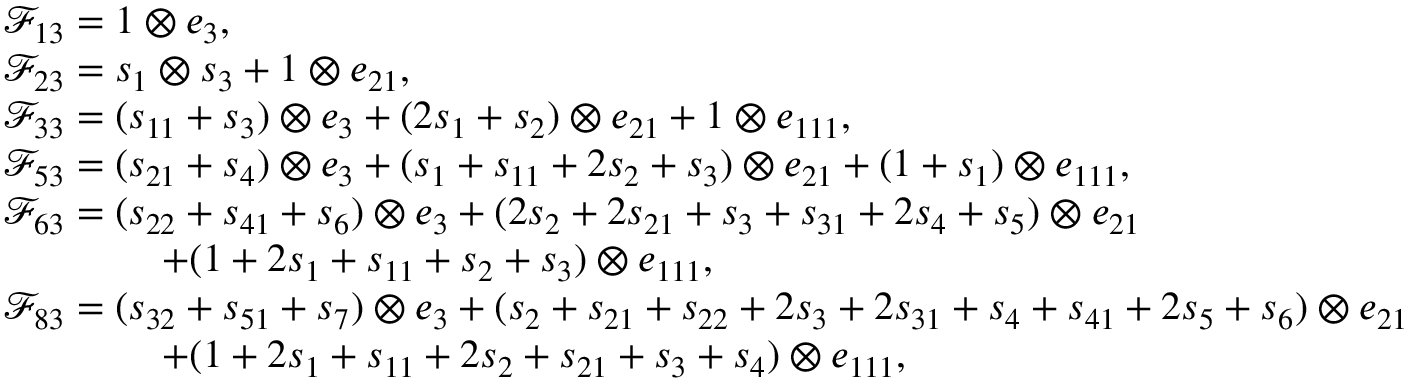
\begin{array} { r l } & { \mathcal { F } _ { 1 3 } = 1 \otimes e _ { 3 } , } \\ & { \mathcal { F } _ { 2 3 } = s _ { 1 } \otimes s _ { 3 } + 1 \otimes e _ { 2 1 } , } \\ & { \mathcal { F } _ { 3 3 } = ( s _ { 1 1 } + s _ { 3 } ) \otimes e _ { 3 } + ( 2 s _ { 1 } + s _ { 2 } ) \otimes e _ { 2 1 } + 1 \otimes e _ { 1 1 1 } , } \\ & { \mathcal { F } _ { 5 3 } = ( s _ { 2 1 } + s _ { 4 } ) \otimes e _ { 3 } + ( s _ { 1 } + s _ { 1 1 } + 2 s _ { 2 } + s _ { 3 } ) \otimes e _ { 2 1 } + ( 1 + s _ { 1 } ) \otimes e _ { 1 1 1 } , } \\ & { \mathcal { F } _ { 6 3 } = ( s _ { 2 2 } + s _ { 4 1 } + s _ { 6 } ) \otimes e _ { 3 } + ( 2 s _ { 2 } + 2 s _ { 2 1 } + s _ { 3 } + s _ { 3 1 } + 2 s _ { 4 } + s _ { 5 } ) \otimes e _ { 2 1 } } \\ & { \qquad \qquad + ( 1 + 2 s _ { 1 } + s _ { 1 1 } + s _ { 2 } + s _ { 3 } ) \otimes e _ { 1 1 1 } , } \\ & { \mathcal { F } _ { 8 3 } = ( s _ { 3 2 } + s _ { 5 1 } + s _ { 7 } ) \otimes e _ { 3 } + ( s _ { 2 } + s _ { 2 1 } + s _ { 2 2 } + 2 s _ { 3 } + 2 s _ { 3 1 } + s _ { 4 } + s _ { 4 1 } + 2 s _ { 5 } + s _ { 6 } ) \otimes e _ { 2 1 } } \\ & { \qquad \qquad + ( 1 + 2 s _ { 1 } + s _ { 1 1 } + 2 s _ { 2 } + s _ { 2 1 } + s _ { 3 } + s _ { 4 } ) \otimes e _ { 1 1 1 } , } \end{array}